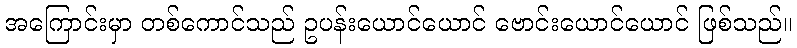
အကြောင်းမှာ တစ်ကောင်သည် ဥပန်းယောင်ယောင် ဗောင်းယောင်ယောင် ဖြစ်သည်။